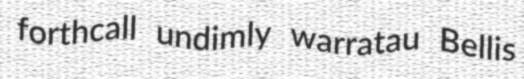
forthcall undimly warratau Bellis